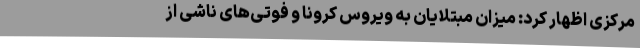
مرکزی اظهار کرد: میزان مبتلایان به ویروس کرونا و فوتی‌های ناشی از